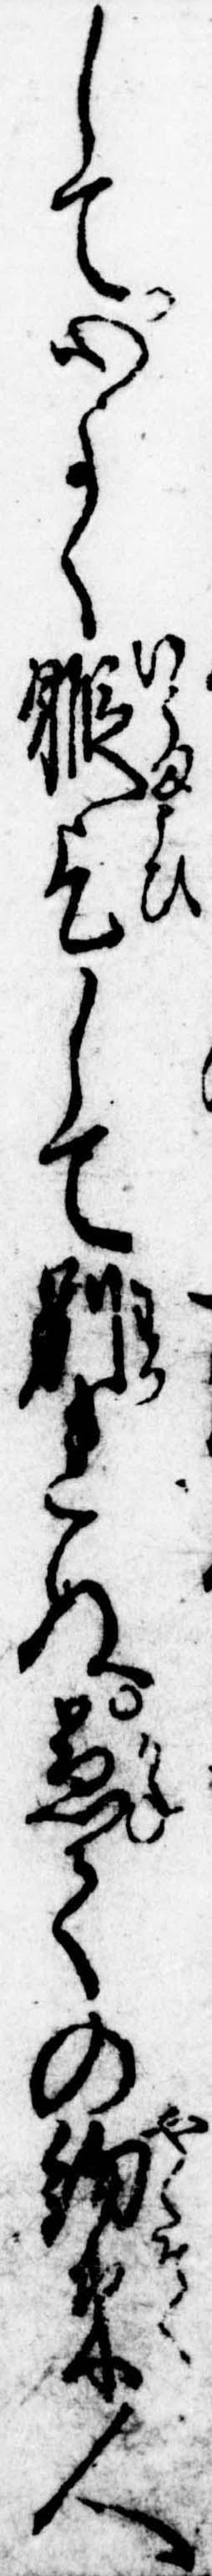
して心よく𨉣乞して別れぬ兼ての約束人